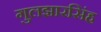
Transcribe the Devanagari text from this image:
गुलझारसिंह